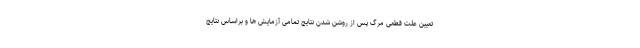
تعیین علت قطعی مرگ پس از روشن شدن نتایج تمامی آزمایش ها و براساس نتایج